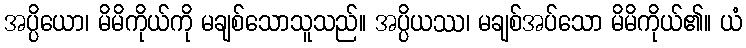
အပ္ပိယော၊ မိမိကိုယ်ကို မချစ်သောသူသည်။ အပ္ပိယဿ၊ မချစ်အပ်သော မိမိကိုယ်၏။ ယံ